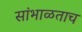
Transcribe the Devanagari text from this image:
सांभाळताच